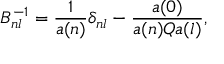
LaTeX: B _ { n l } ^ { - 1 } = \frac { 1 } { a ( n ) } \delta _ { n l } - \frac { a ( 0 ) } { a ( n ) Q a ( l ) } ,